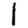
Digit: 1